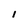
Character: l